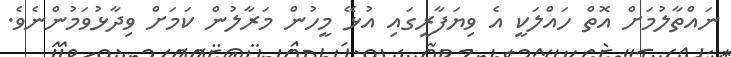
ނައްތާލުމަށް އޮތް ހައްލަކީ އެ ވިޔަފާރީގައި އުޅޭ މީހުން މަރާލުން ކަމަށް ވިދާޅުވަމުންނެވެ.